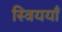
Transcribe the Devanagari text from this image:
स्त्रिययाँ